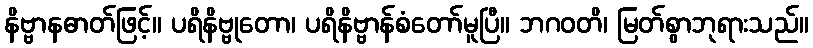
နိဗ္ဗာနဓာတ်ဖြင့်။ ပရိနိဗ္ဗုတော၊ ပရိနိဗ္ဗာန်စံတော်မူပြီ။ ဘဂဝတိ၊ မြတ်စွာဘုရားသည်။